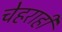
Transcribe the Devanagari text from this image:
चेहराही